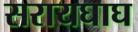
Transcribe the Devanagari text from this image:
सरायघाघ